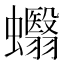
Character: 蠮